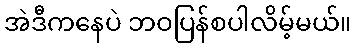
အဲဒီကနေပဲ ဘဝပြန်စပါလိမ့်မယ်။